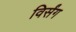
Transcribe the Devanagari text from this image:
विर्संग